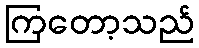
ကြတော့သည်